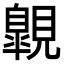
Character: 𧢌